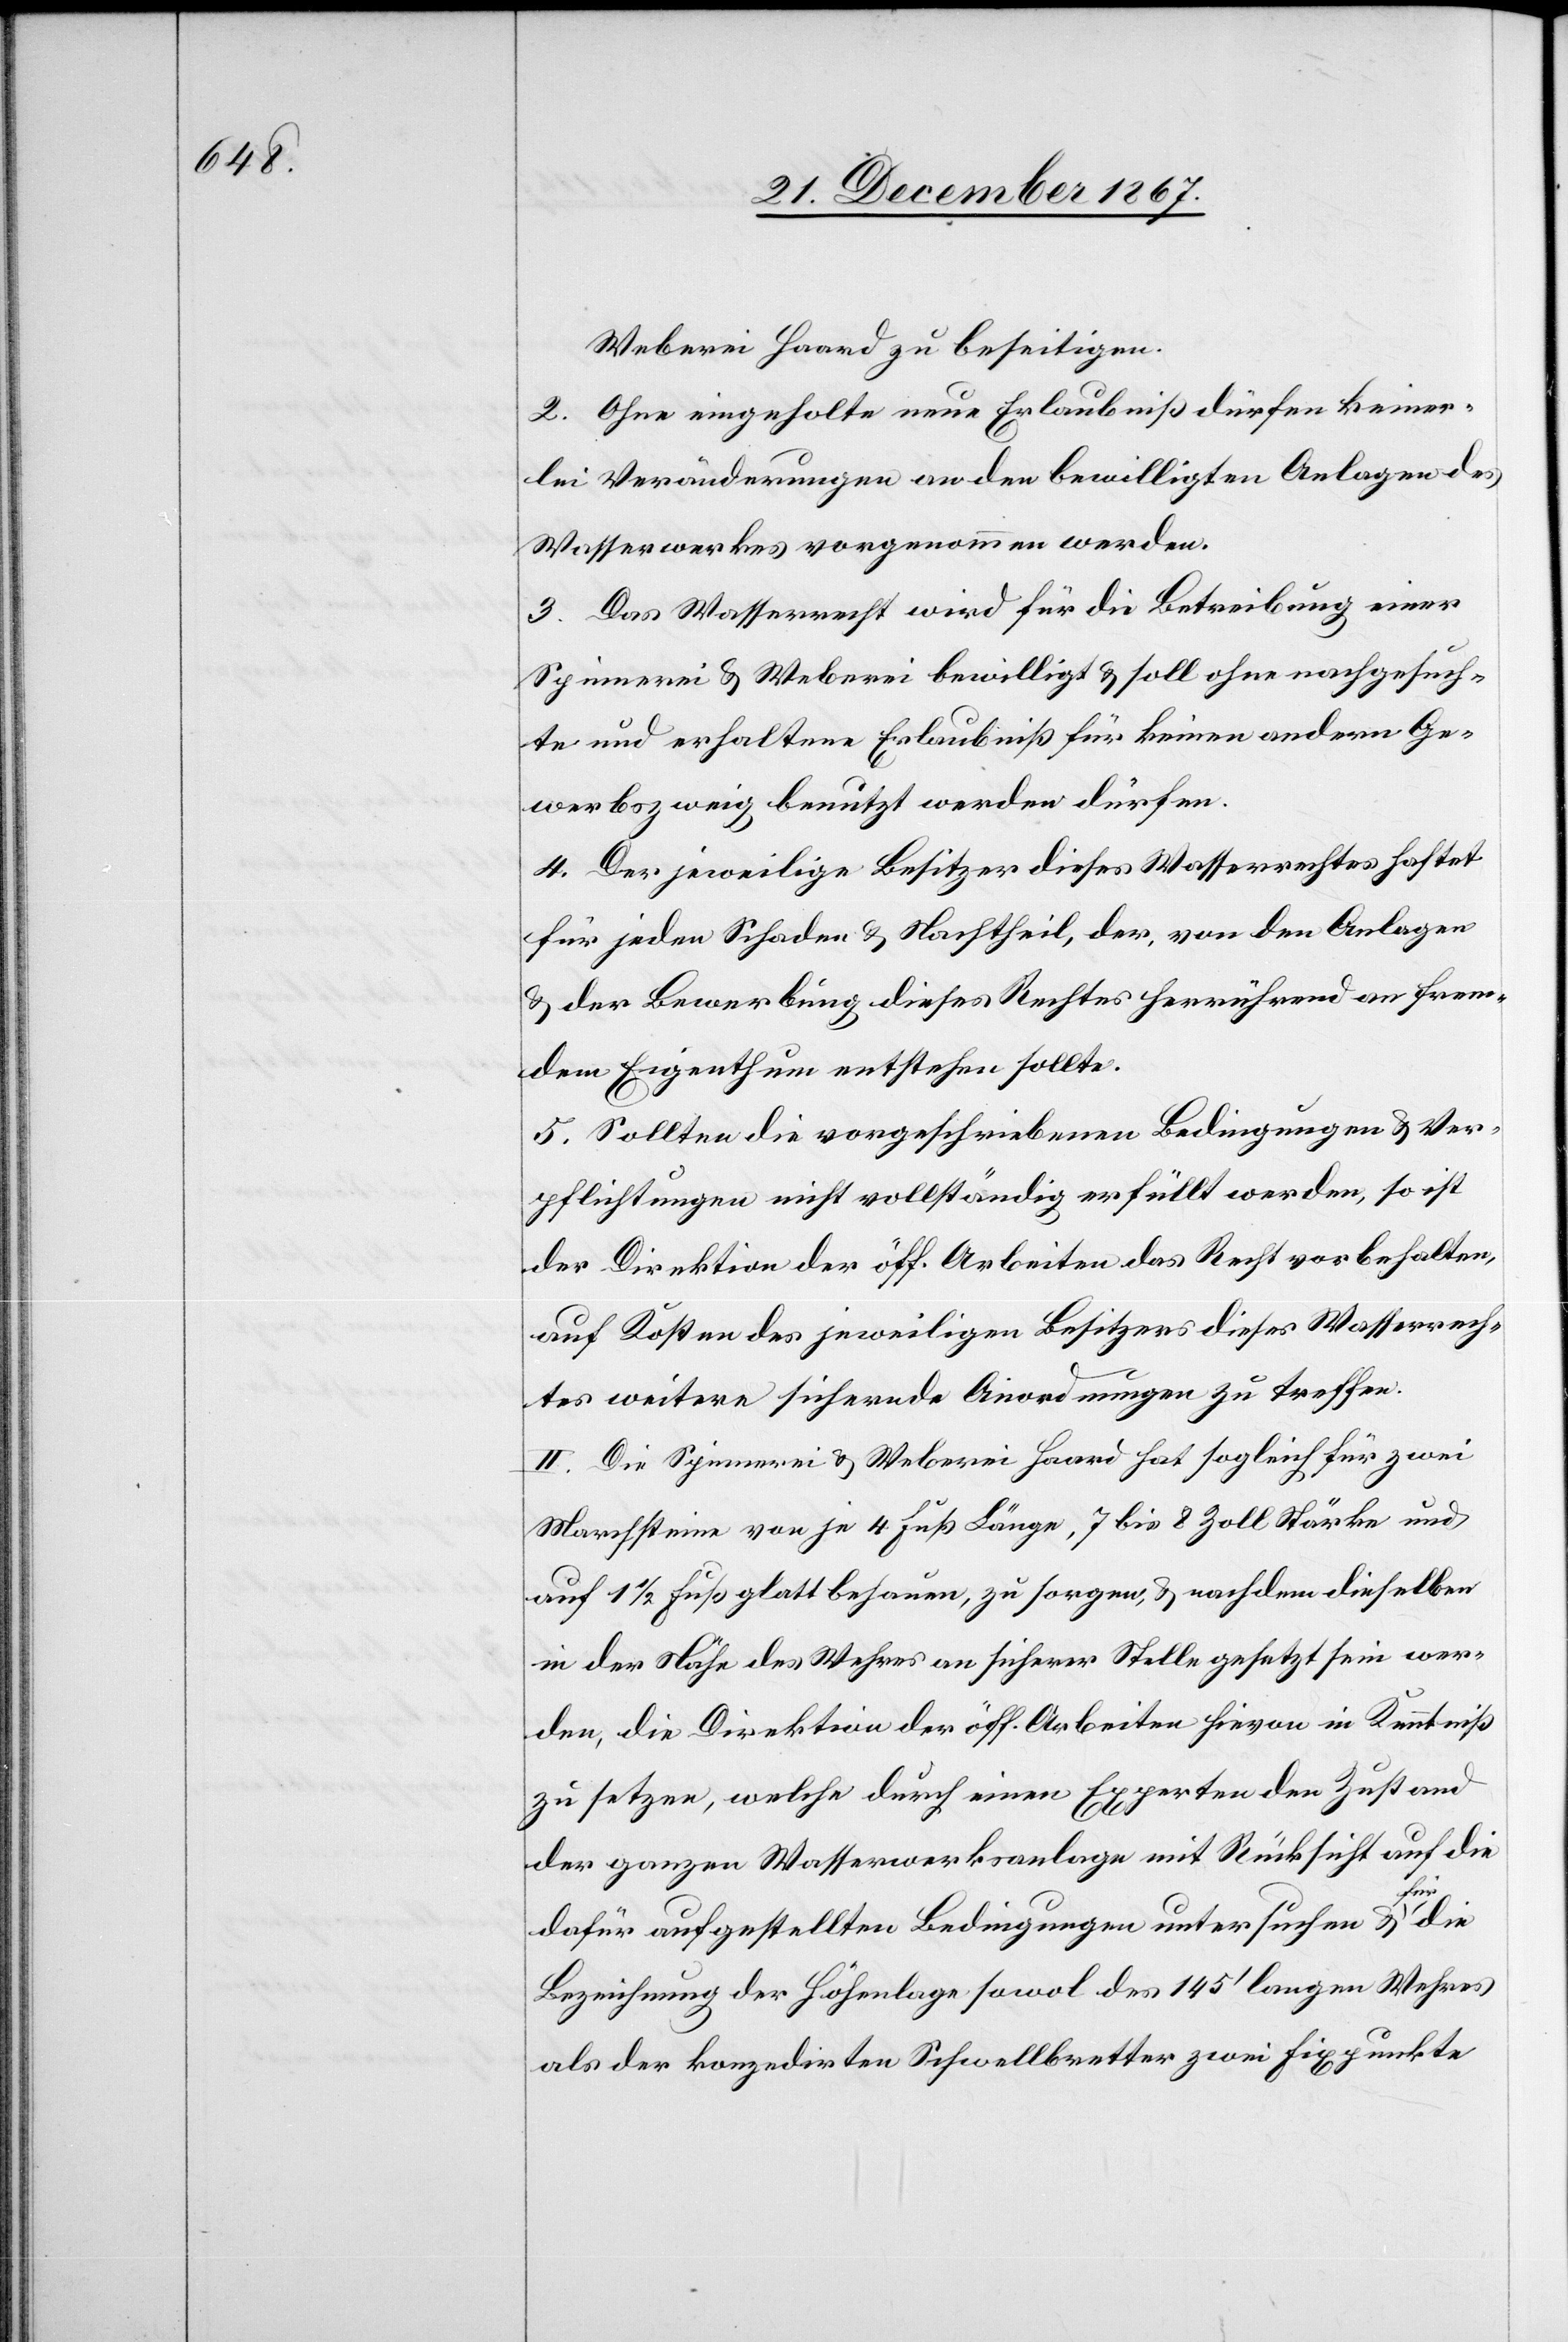
Weberei Haard zu beseitigen.
2. Ohne eingeholte neue Erlaubniß dürfen keiner¬
lei Veränderungen an den bewilligten Anlagen des
Wasserwerkes vorgenommen werden.
3. Das Wasserrecht wird für die Betreibung einer
Spinnerei u. Weberei bewilligt u. soll ohne nachgesuch¬
te und erhaltene Erlaubniß für keinen andern Ge¬
werbszweig benutzt werden dürfen.
4. Der jeweilige Besitzer dieses Wasserrechtes haftet
für jeden Schaden u. Nachtheil, der, von den Anlagen
u. der Bewerbung dieses Rechtes herrührend an frem¬
dem Eigenthum entstehen sollte.
5. Sollten die vorgeschriebenen Bedingungen u. Ver¬
pflichtungen nicht vollständig erfüllt werden, so ist
der Direktion der öff. Arbeiten das Recht vorbehalten,
auf Kosten des jeweiligen Besitzers dieses Wasserrech¬
tes weitere sichernde Anordnungen zu treffen.
II. Die Spinnerei u. Weberei Haard hat sogleich für zwei
Marchsteine von je 4 Fuß Länge, 7 bis 8 Zoll Stärke und
auf 1 1/2 Fuß glatt behauen, zu sorgen u. nachdem dieselben
in der Nähe des Wehres an sicherer Stelle gesetzt sein wer¬
den, die Direktion der öff. Arbeiten hievon in Kenntniß
zu setzen, welche durch einen Experten den Zustand
der ganzen Wasserwerksanlage mit Rücksicht auf die
dafür aufgestellten Bedingungen untersuchen u. für die
Bezeichnung der Höhenlage sowol des 145‘ langen Wehres
als der konzedirten Schwellbretter zwei Fixpunkte